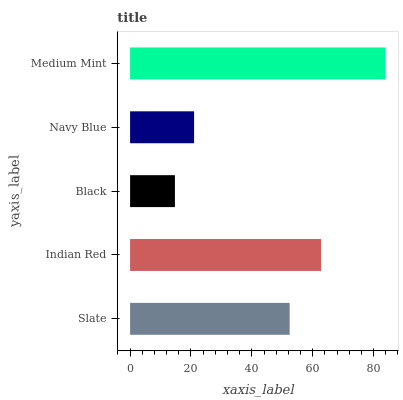
| yaxis_label | bars |
 | --- | --- |
 | Slate | 52.4 |
 | Indian Red | 62.7 |
 | Black | 14.7 |
 | Navy Blue | 21 |
 | Medium Mint | 84 |